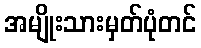
အမျိုးသားမှတ်ပုံတင်